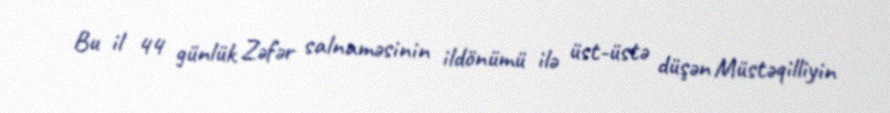
Bu il 44 günlük Zəfər salnaməsinin ildönümü ilə üst-üstə düşən Müstəqilliyin